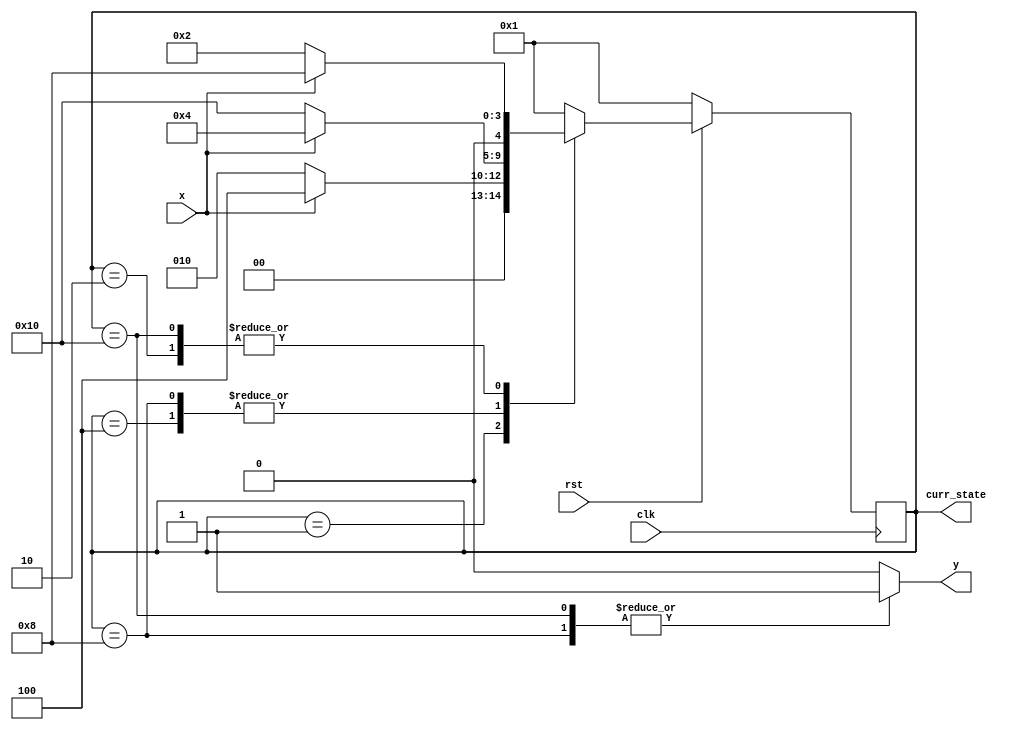
module moore_01_10_seq_detector(x,clk,rst,curr_state,y);
 input x,clk,rst; 
 output reg y;  // The output in FSM (Moore or Mealy) needs to be updated in a clocked always block
 output reg [4:0] curr_state; // packed dimensions will appear before the name of the vector of reg data type 
 
 reg [4:0] next_state; // next_state will be computed in the combinational always block
 
 always@(posedge clk)
   begin
      if(rst == 0) curr_state <= 5'b00001;
      else         curr_state <= next_state;
   end
 
 always@(*)
   begin
      case(curr_state)
        5'b00001:     // Reset State
            begin
               y = 1'b0;
               next_state = (x == 0) ? 5'b00010 : 5'b00100;
            end
        
        5'b00010:
            begin
               y = 1'b0;
               next_state = (x == 0) ? 5'b00010 : 5'b01000;
            end
        5'b00100:
             begin
               y = 1'b0;
               next_state = (x == 0) ? 5'b10000 : 5'b00100;
             end
        5'b01000:
             begin
               y = 1'b1;
               next_state = (x == 0) ? 5'b10000 : 5'b00100;
             end
        5'b10000:
             begin
               y = 1'b1;
               next_state = (x == 0) ? 5'b00010 : 5'b01000;
             end
        default:
             begin
               y = 1'b0;
               next_state = 5'b00001;  // Reset Condition
             end
      endcase     
   end
endmodule